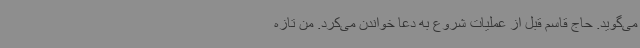
می‌گوید. حاج قاسم قبل از عملیات شروع به دعا خواندن می‌کرد. من تازه